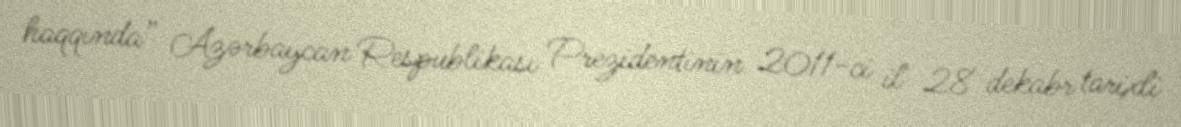
haqqında” Azərbaycan Respublikası Prezidentinin 2011-ci il 28 dekabr tarixli